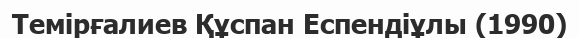
Темірғалиев Құспан Еспендіұлы (1990)